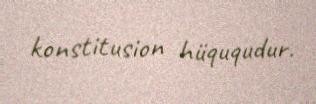
konstitusion hüququdur.